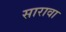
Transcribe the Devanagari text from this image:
सारावा